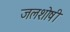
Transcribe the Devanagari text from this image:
जलशोषी